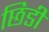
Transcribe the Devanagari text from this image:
छिडी